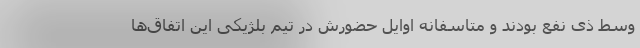
وسط ذی نفع بودند و متاسفانه اوایل حضورش در تیم بلژیکی این اتفاق‌ها